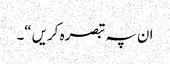
ان پہ تبصرہ کریں“۔